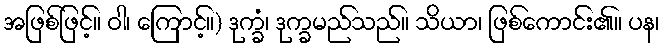
အဖြစ်ဖြင့်။ ဝါ၊ ကြောင့်။) ဒုက္ခံ၊ ဒုက္ခမည်သည်။ သိယာ၊ ဖြစ်ကောင်း၏။ ပန၊